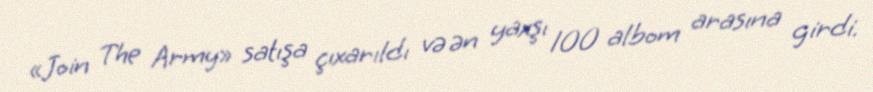
«Join The Army» satışa çıxarıldı və ən yaxşı 100 albom arasına girdi.